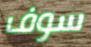
سوف